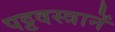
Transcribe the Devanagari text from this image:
पट्टवस्त्रानें